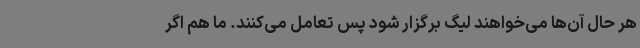
هر حال آن‌ها می‌خواهند لیگ برگزار شود پس تعامل می‌کنند. ما هم اگر